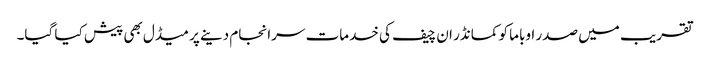
تقریب میں صدر اوباما کو کمانڈر ان چیف کی خدمات سرانجام دینے پر میڈل بھی پیش کیا گیا۔